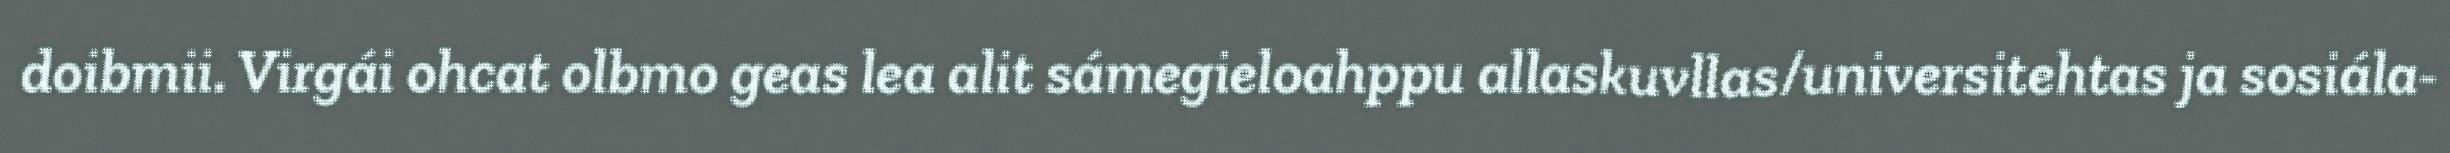
doibmii. Virgái ohcat olbmo geas lea alit sámegieloahppu allaskuvllas/universitehtas ja sosiála-